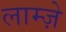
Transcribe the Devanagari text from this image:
लाम्ज़े